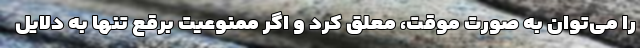
را می‌توان به صورت موقت، معلق کرد و اگر ممنوعیت برقع تنها به دلایل